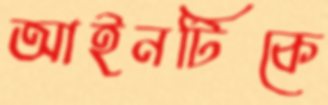
আইনটিকে